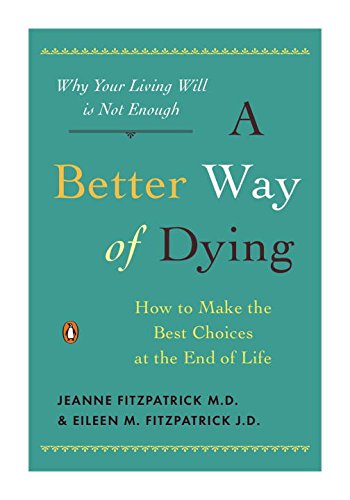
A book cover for A Better Way of Dying: How to Make the Best Choices at the End of Life; Jeanne Fitzpatrick; Law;